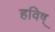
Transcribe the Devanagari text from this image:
हविष्